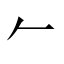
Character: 𠂉